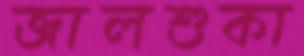
জালশুকা